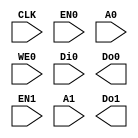
module RAM32_1RW1R #(
    parameter BITS=5
) (
`ifdef USE_POWER_PINS
    inout VPWR,
    inout VGND,
`endif
    input CLK,

    input EN0,
    input [BITS-1:0] A0,
    input [7:0] WE0,
    input [63:0] Di0,
    output reg [63:0] Do0,

    input EN1,
    input [BITS-1:0] A1,
    output reg [63:0] Do1
);

endmodule